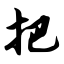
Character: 把